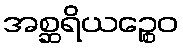
အစ္ဆရိယဉ္စေဝ